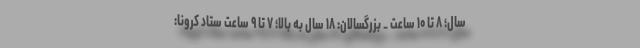
سال؛ ۸ تا ۱۰ ساعت _ بزرگسالان: ۱۸ سال به بالا؛ ۷ تا ۹ ساعت ستاد کرونا: